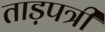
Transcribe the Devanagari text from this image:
ताड़पत्री